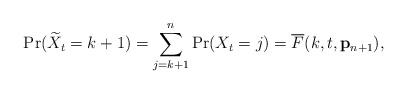
LaTeX: \begin{align*}\Pr(\widetilde{X}_t = k+1) = \sum_{j=k+1}^n \Pr(X_t = j) \overset{}{=} \overline{F}(k, t, \mathbf{p}_{n+1}),\end{align*}